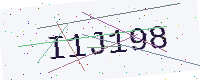
Text: I1J198